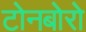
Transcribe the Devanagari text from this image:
टोनबोरो